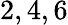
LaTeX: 2,4,6